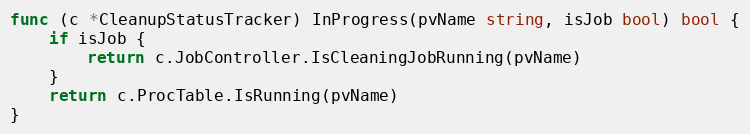
Language: Go
func (c *CleanupStatusTracker) InProgress(pvName string, isJob bool) bool {
	if isJob {
		return c.JobController.IsCleaningJobRunning(pvName)
	}
	return c.ProcTable.IsRunning(pvName)
}